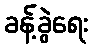
ခန့်ခွဲရေး